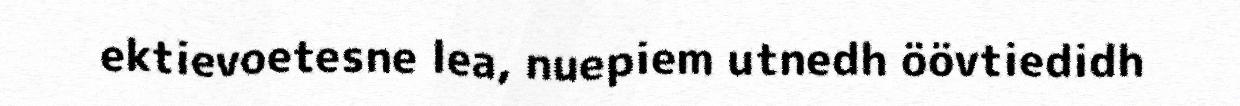
ektievoetesne lea, nuepiem utnedh öövtiedidh